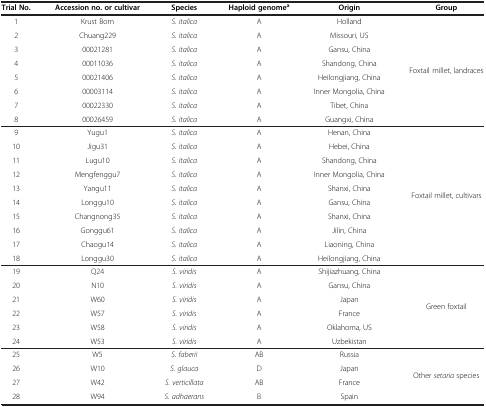
| Trial No. | Accession no. or cultivar | Species | Haploid genomea | Origin | Group |
 | --- | --- | --- | --- | --- | --- |
 | 1 | Krust Born | S. italica | A | Holland | <ROWSPAN=8> Foxtail millet, landraces |
 | 2 | Chuang229 | S. italica | A | Missouri, US |
 | 3 | 00021281 | S. italica | A | Gansu, China |
 | 4 | 00011036 | S. italica | A | Shandong, China |
 | 5 | 00021406 | S. italica | A | Heilongjiang, China |
 | 6 | 00003114 | S. italica | A | Inner Mongolia, China |
 | 7 | 00022330 | S. italica | A | Tibet, China |
 | 8 | 00026459 | S. italica | A | Guangxi, China |
 | 9 | Yugu1 | S. italica | A | Henan, China | <ROWSPAN=10> Foxtail millet, cultivars |
 | 10 | Jigu31 | S. italica | A | Hebei, China |
 | 11 | Lugu10 | S. italica | A | Shandong, China |
 | 12 | Mengfenggu7 | S. italica | A | Inner Mongolia, China |
 | 13 | Yangu11 | S. italica | A | Shanxi, China |
 | 14 | Longgu10 | S. italica | A | Gansu, China |
 | 15 | Changnong35 | S. italica | A | Shanxi, China |
 | 16 | Gonggu61 | S. italica | A | Jilin, China |
 | 17 | Chaogu14 | S. italica | A | Liaoning, China |
 | 18 | Longgu30 | S. italica | A | Heilongjiang, China |
 | 19 | Q24 | S. viridis | A | Shijiazhuang, China | <ROWSPAN=6> Green foxtail |
 | 20 | N10 | S. viridis | A | Gansu, China |
 | 21 | W60 | S. viridis | A | Japan |
 | 22 | W57 | S. viridis | A | France |
 | 23 | W58 | S. viridis | A | Oklahoma, US |
 | 24 | W53 | S. viridis | A | Uzbekistan |
 | 25 | W5 | S. faberii | AB | Russia | <ROWSPAN=4> Other setaria species |
 | 26 | W10 | S. glauca | D | Japan |
 | 27 | W42 | S. verticillata | AB | France |
 | 28 | W94 | S. adhaerans | B | Spain |